Report on malaria in the Punjab during the year ...  together with an account of the work of the Punjab Malaria Bureau - Volume 6
Disease focus: Malaria
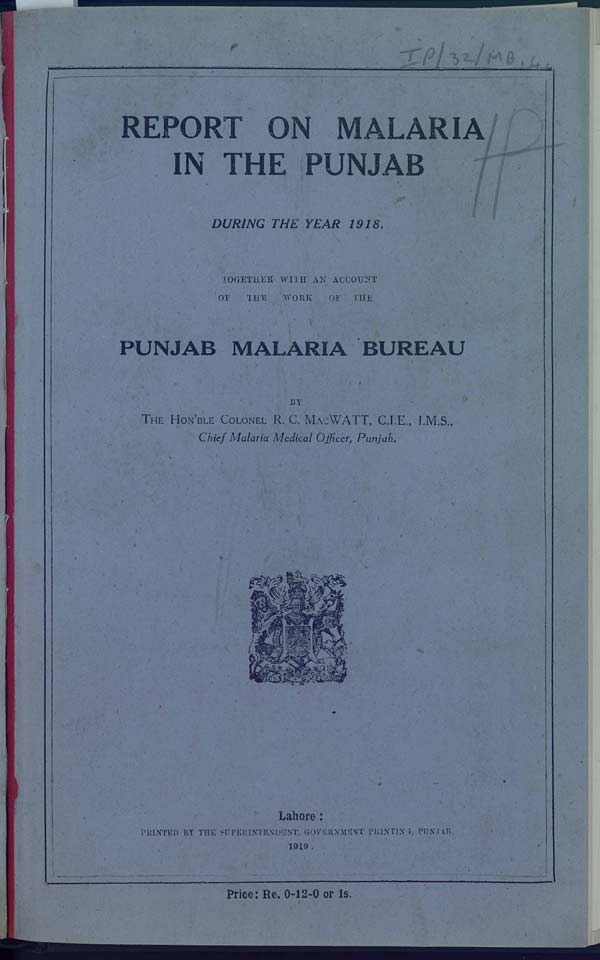
REPORT ON MALARIA
IN THE PUNJAB
DURING THE YEAR 1918,
TOGETHER WITH AN ACCOUNT
OF
THE
WORK
OF
THE
PUNJAB MALARIA BUREAU
BY
THE HON'BLE COLONEL R. C. MACWATT, C.I.E., I.M.S.,
Chief Malaria Medical Officer, Punjab.
Lahore:
PRINTED BY THE SUPERINTENDENT, GOVERNMENT PRINTING, PUNJAB.
1919.
Price: Re. 0-12-0 or 1s.